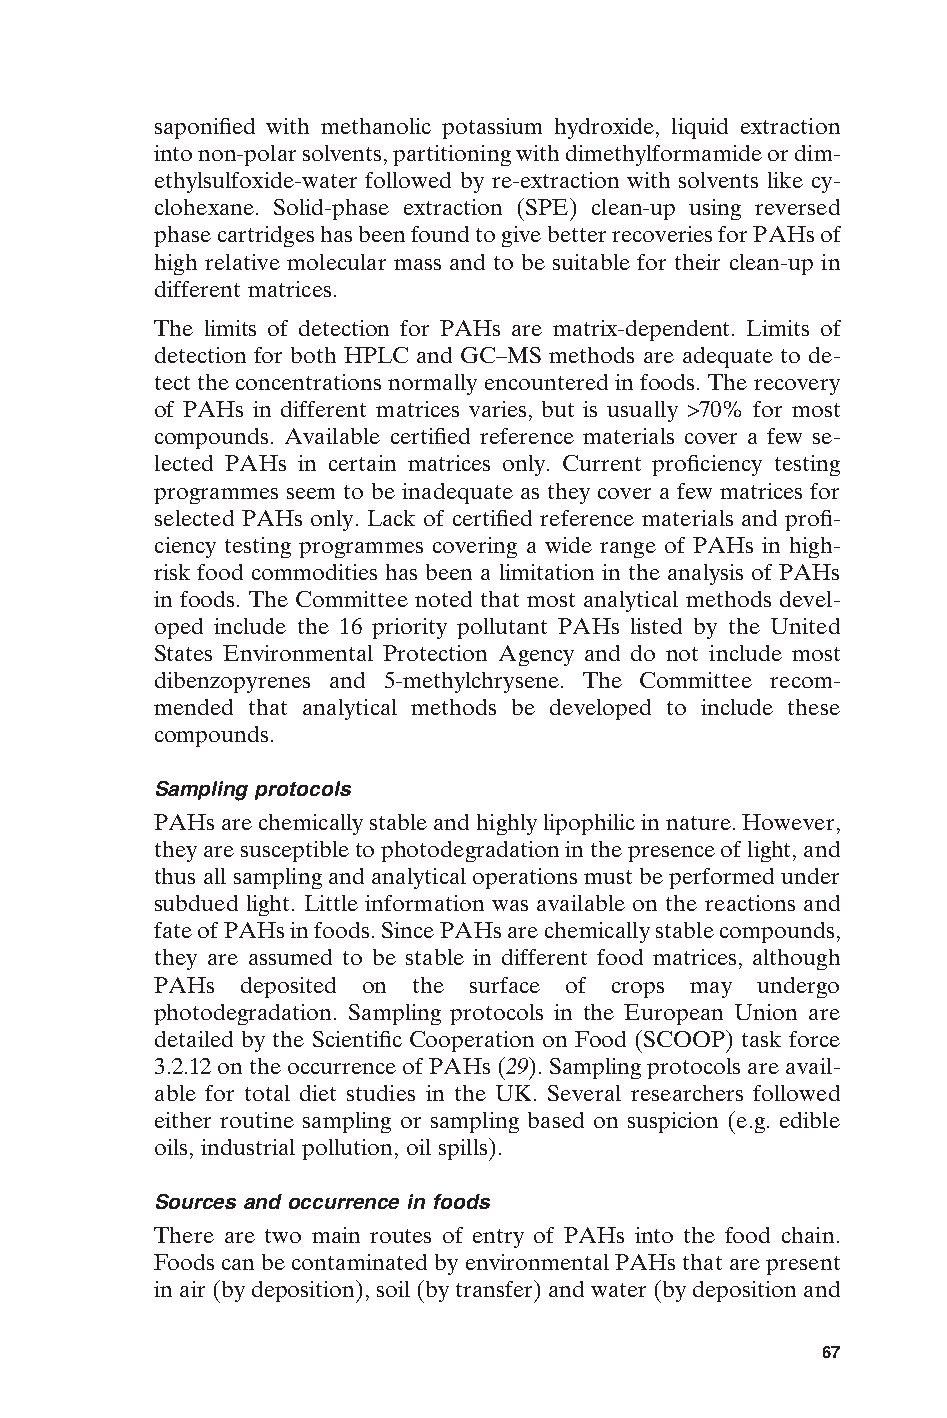
saponified with methanolic potassium hydroxide, liquid extraction
 into non-polar solvents, partitioning with dimethylformamide or dim-
 ethylsulfoxide-water followed by re-extraction with solvents like cy-
 clohexane. Solid-phase extraction (SPE) clean-up using reversed
 phase cartridges has been found to give better recoveries for PAHs of
 high relative molecular mass and to be suitable for their clean-up in
 different matrices.
 The limits of detection for PAHs are matrix-dependent. Limits of
 detection for both HPLC and GC–MS methods are adequate to de-
 tect the concentrations normally encountered in foods. The recovery
 of PAHs in different matrices varies, but is usually >70% for most
 compounds. Available certified reference materials cover a few se-
 lected PAHs in certain matrices only. Current proficiency testing
 programmes seem to be inadequate as they cover a few matrices for
 selected PAHs only. Lack of certified reference materials and profi-
 ciency testing programmes covering a wide range of PAHs in high-
 risk food commodities has been a limitation in the analysis of PAHs
 in foods. The Committee noted that most analytical methods devel-
 oped include the 16 priority pollutant PAHs listed by the United
 States Environmental Protection Agency and do not include most
 dibenzopyrenes and 5-methylchrysene. The Committee recom-
 mended that analytical methods be developed to include these
 compounds.
 Sampling protocols
 PAHs are chemically stable and highly lipophilic in nature. However,
 they are susceptible to photodegradation in the presence of light, and
 thus all sampling and analytical operations must be performed under
 subdued light. Little information was available on the reactions and
 fate of PAHs in foods. Since PAHs are chemically stable compounds,
 they are assumed to be stable in different food matrices, although
 PAHs  deposited on the surface of crops may undergo
 photodegradation. Sampling protocols in the European Union are
 detailed by the Scientific Cooperation on Food (SCOOP) task force
 3.2.12 on the occurrence of PAHs (29). Sampling protocols are avail-
 able for total diet studies in the UK. Several researchers followed
 either routine sampling or sampling based on suspicion (e.g. edible
 oils, industrial pollution, oil spills).
 Sources and occurrence in foods
 There are two main routes of entry of PAHs into the food chain.
 Foods can be contaminated by environmental PAHs that are present
 in air (by deposition), soil (by transfer) and water (by deposition and E
 67
 Untitled-4       67                    12/20/05, 19:53